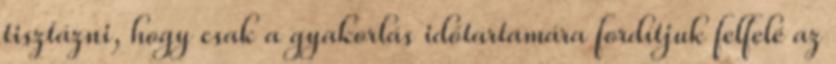
tisztázni, hogy csak a gyakorlás időtartamára fordítjuk felfelé az